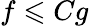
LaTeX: f\leqslant Cg